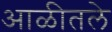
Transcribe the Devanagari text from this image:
आळीतले